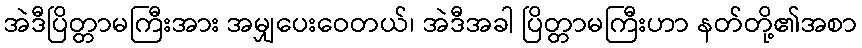
အဲဒီပြိတ္တာမကြီးအား အမျှပေးဝေတယ်၊ အဲဒီအခါ ပြိတ္တာမကြီးဟာ နတ်တို့၏အစာ